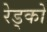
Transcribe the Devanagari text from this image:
रेड्को